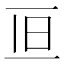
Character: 𠀥